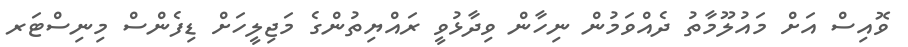
ވޮއިސް އަށް މައުލޫމާތު ދެއްވަމުން ނިހާން ވިދާޅުވީ ރައްޔިތުންގެ މަޖިލީހަށް ޑިފެންސް މިނިސްޓަރ